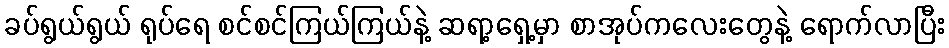
ခပ်ရွယ်ရွယ် ရုပ်ရေ စင်စင်ကြယ်ကြယ်နဲ့ ဆရာ့ရှေ့မှာ စာအုပ်ကလေးတွေနဲ့ ရောက်လာပြီး